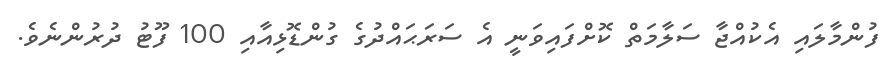
ފުންމާލައި އެކުއްޖާ ސަލާމަތް ކޮށްފައިވަނީ އެ ސަރަޙައްދުގެ ގުންޑޮޅިއާއި 100 ފޫޓު ދުރުންނެވެ.